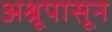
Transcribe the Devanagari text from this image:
अश्रूपासून